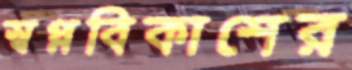
স্বপ্নবিকাশের